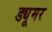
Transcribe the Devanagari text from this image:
ड्यूमर